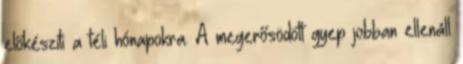
előkészíti a téli hónapokra. A megerősödött gyep jobban ellenáll